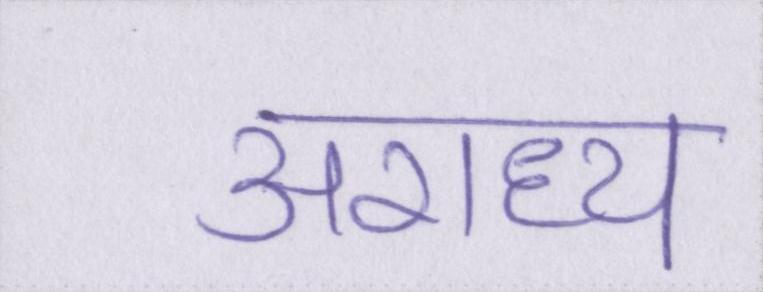
अराध्य